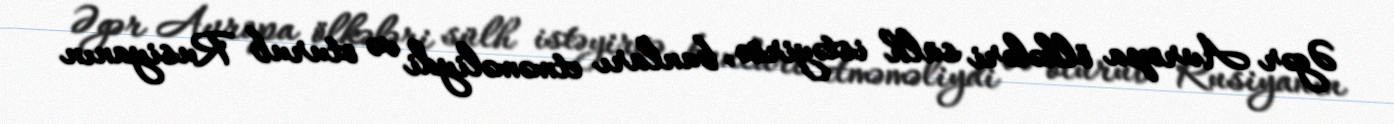
Əgər Avropa ölkələri sülh istəyirsə, bunları etməməliydi və oturub Rusiyanın